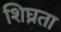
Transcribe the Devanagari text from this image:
शिघ्रता